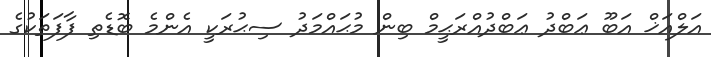
އަލްއަޚް އަބޫ ޢަބްދު ޢަބްދުއްރަޙީމް ބިން މުޙައްމަދު ސިޙުރަކީ އެންމެ ބޮޑެތި ފާފަތަކުގެ